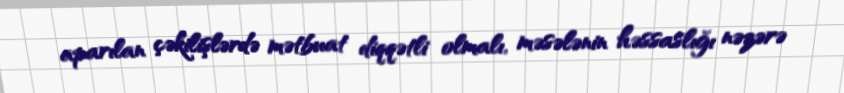
aparılan çəkilişlərdə mətbuat diqqətli olmalı, məsələnin həssaslığı nəzərə